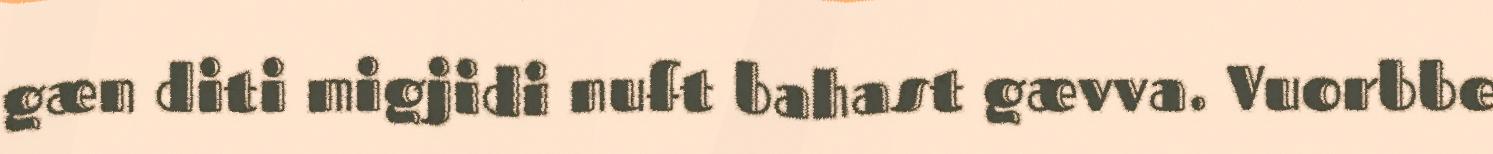
gæn diti migjidi nuft bahast gævva. Vuorbbe